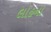
લોહના